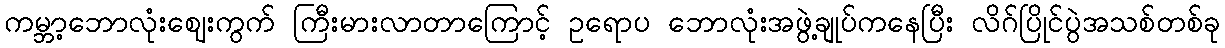
ကမ္ဘာ့ဘောလုံးဈေးကွက် ကြီးမားလာတာကြောင့် ဥရောပ ဘောလုံးအဖွဲ့ချုပ်ကနေပြီး လိဂ်ပြိုင်ပွဲအသစ်တစ်ခု